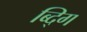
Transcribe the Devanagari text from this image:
ब्द्गि